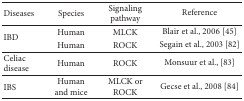
| Diseases | Species | Signaling pathway | Reference |
 | --- | --- | --- | --- |
 | <ROWSPAN=2> IBD | Human | MLCK | Blair et al., 2006 [45] |
 | Human | ROCK | Segain et al., 2003 [82] |
 | Celiac disease | Human | ROCK | Monsuur et al., [83] |
 | IBS | Human and mice | MLCK or ROCK | Gecse et al., 2008 [84] |